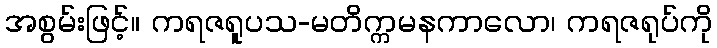
အစွမ်းဖြင့်။ ကရဇရူပသ-မတိက္ကမနကာလော၊ ကရဇရုပ်ကို